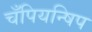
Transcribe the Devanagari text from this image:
चँपियन्षिप